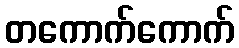
တကောက်ကောက်